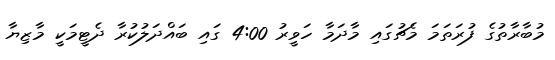
މުބާރާތުގެ ފުރަތަމަ މެޗުގައި މާދަމާ ހަވީރު 4:00 ގައި ބައްދަލުކުރާ ދެޓީމަކީ މާޒިޔާ